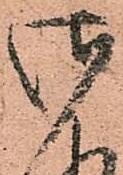
御